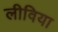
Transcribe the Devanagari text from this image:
लीविया